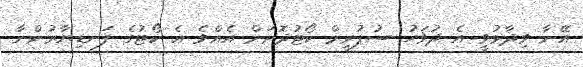
އޭނާ ވިދާޅުވީ އެ ދުވަހު ސުޕުރީމް ކޯޓުދޮށަށް އެއްވެ އެ ކޯޓުގެ ފަނޑިޔާރުންނާ